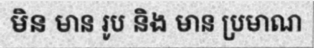
មិន មាន រូប និង មាន ប្រមាណ